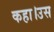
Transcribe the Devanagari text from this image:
कहा।उस